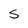
Character: S